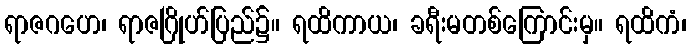
ရာဇဂဟေ၊ ရာဇဂြိုဟ်ပြည်၌။ ရထိကာယ၊ ခရီးမတစ်ကြောင်းမှ။ ရထိကံ၊